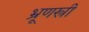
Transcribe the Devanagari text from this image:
भ्रूणस्त्री